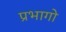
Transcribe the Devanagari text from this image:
प्रभागो